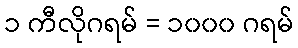
၁ ကီလိုဂရမ် = ၁၀၀၀ ဂရမ်